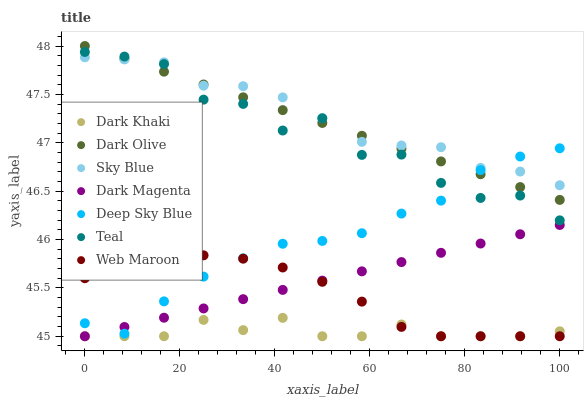
| xaxis_label | Dark Khaki | Dark Olive | Sky Blue | Dark Magenta | Deep Sky Blue | Teal | Web Maroon |
 | --- | --- | --- | --- | --- | --- | --- | --- |
 | 0 | 45 | 48 | 47.9 | 45 | 45.1 | 47.9 | 45.6 |
 | 8.33 | 45 | 47.9 | 47.9 | 45.1 | 45 | 47.9 | 45.7 |
 | 16.7 | 45 | 47.7 | 47.8 | 45.2 | 45.4 | 47.8 | 45.8 |
 | 25 | 45.2 | 47.6 | 47.6 | 45.3 | 45.6 | 47.4 | 45.8 |
 | 33.3 | 45.1 | 47.5 | 47.6 | 45.4 | 45.8 | 47.4 | 45.8 |
 | 41.7 | 45.2 | 47.3 | 47.5 | 45.5 | 46 | 47.1 | 45.7 |
 | 50 | 45 | 47.2 | 47.3 | 45.6 | 46 | 47.3 | 45.6 |
 | 58.3 | 45 | 47.1 | 47 | 45.7 | 46.1 | 46.9 | 45.4 |
 | 66.7 | 45.1 | 46.9 | 47 | 45.8 | 46.3 | 46.9 | 45.1 |
 | 75 | 45 | 46.8 | 47 | 45.9 | 46.4 | 46.6 | 45 |
 | 83.3 | 45 | 46.7 | 46.7 | 46 | 46.7 | 46.4 | 45 |
 | 91.7 | 45 | 46.5 | 46.7 | 46.1 | 46.9 | 46.5 | 45 |
 | 100 | 45.1 | 46.4 | 46.6 | 46.2 | 46.9 | 46.2 | 45 |